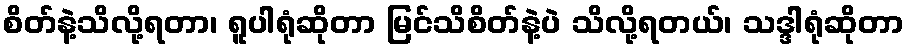
စိတ်နဲ့သိလို့ရတာ၊ ရူပါရုံဆိုတာ မြင်သိစိတ်နဲ့ပဲ သိလို့ရတယ်၊ သဒ္ဒါရုံဆိုတာ